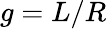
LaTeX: g=L/R